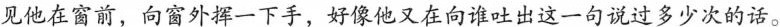
见他在窗前，向窗外挥一下手，好像他又在向谁吐出这一句说过多少次的话。